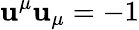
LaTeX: \mathbf{u}^{\mu}\mathbf{u}_{\mu}=-1